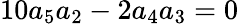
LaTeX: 10a_{5}a_{2}-2a_{4}a_{3}=0